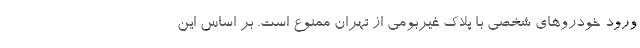
ورود خودروهای شخصی با پلاک غیربومی از تهران ممنوع است. بر اساس این